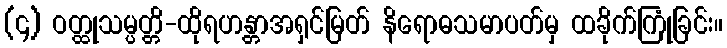
(၄) ဝတ္ထုသမ္ပတ္တိ-ထိုရဟန္တာအရှင်မြတ် နိရောဓသမာပတ်မှ ထခိုက်ကြုံခြင်း။